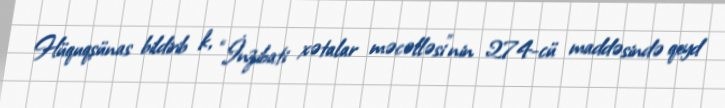
Hüquqşünas bildirib k, “İnzibati xətalar məcəlləsi”nin 274-cü maddəsində qeyd